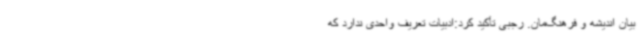
بیان اندیشه و فرهنگ‌مان. رجبی تأکید کرد:ادبیات تعریف واحدی ندارد که